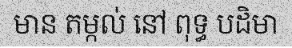
មាន តម្កល់ នៅ ពុទ្ធ បដិមា